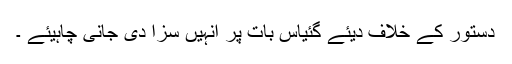
دستور کے خلاف دیئے گئیاس بات پر انہیں سزا دی جانی چاہیئے ۔